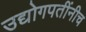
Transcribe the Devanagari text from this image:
उद्योगपतींनीच